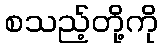
စသည့်တို့ကို